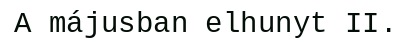
A májusban elhunyt II.